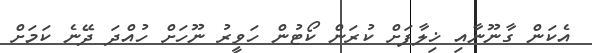
އެކަން ގާނޫނާއި ޚިލާފަށް ކުރަން ކޯޓުން ހަވީރު ނޫހަށް ހުއްދަ ދޭނެ ކަމަށް